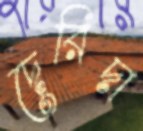
দেরিদা